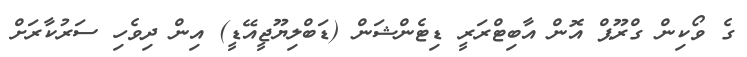
ގެ ވޯކިން ގްރޫޕް އޮން އާބިޓްރަރީ ޑިޓެންޝަން (ޑަބްލިޔޫޖީއޭޑީ) އިން ދިވެހި ސަރުކާރަށް